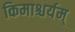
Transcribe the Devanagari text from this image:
किमाश्चर्यम्